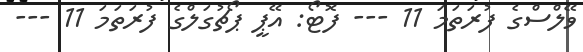
ވޭލްސްގެ ފުރަތަމަ 11 --- ފޮޓޯ: އޭޕީ ޕޯޗުގަލްގެ ފުރަތަމަ 11 ---